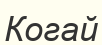
Когай